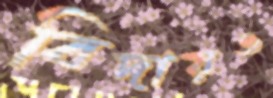
বিদায়ও